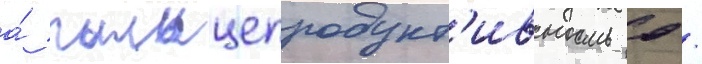
а́ пыльцепродукт'ивность 0 /